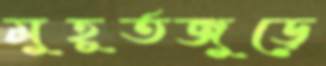
মুহূর্তজুড়ে